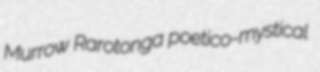
Murrow Rarotonga poetico-mystical